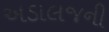
અડાલજની